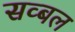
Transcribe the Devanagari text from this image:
सव्बल